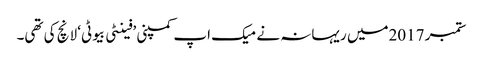
ستمبر 2017میں ریہانہ نے میک اپ کمپنی ’فینٹی بیوٹی‘ لانچ کی تھی۔